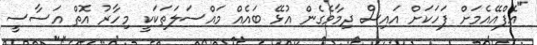
"އެފްއޭއެމަށް ފަހަކަށް އައިސް ދިމާވެގެން އުޅޭ ބައެއް މައްސަލަތަކަކީ މިހާރު އޮތް އަސާސީ